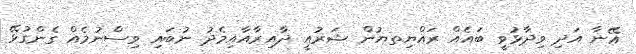
އޭނާ އަދި ވިދާޅުވީ ބައެއް ރައްޔިތޔުން ޝަރުއީ ދާއިރާއާއިމެދު ނުބައި ވިސްނުމެއް ގެންގުޅޭ